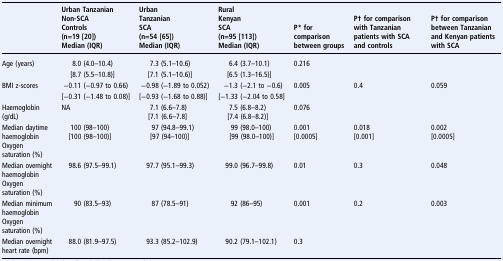
<table><thead><tr><td>[EMPTY_CELL]</td><td><b>Urban TanzanianNon-SCAControls(n=19 [20])Median (IQR)</b></td><td><b>UrbanTanzanianSCA(n=54 [65])Median (IQR)</b></td><td><b>RuralKenyanSCA(n=95 [113])Median (IQR)</b></td><td><b>P* for comparison between groups</b></td><td><b>P† for comparison with Tanzanian patients with SCA and controls</b></td><td><b>P† for comparison between Tanzanian and Kenyan patients with SCA</b></td></tr></thead><tbody><tr><td>Age (years)</td><td>8.0 (4.0–10.4)</td><td>7.3 (5.1–10.6)</td><td>6.4 (3.7–10.1)</td><td>0.216</td><td>[EMPTY_CELL]</td><td>[EMPTY_CELL]</td></tr><tr><td>[EMPTY_CELL]</td><td>[8.7 (5.5–10.8)]</td><td>[7.1 (5.1–10.6)]</td><td>[6.5 (1.3–16.5)]</td><td>[EMPTY_CELL]</td><td>[EMPTY_CELL]</td><td>[EMPTY_CELL]</td></tr><tr><td>BMI z-scores</td><td>−0.11 (−0.97 to 0.66)</td><td>−0.98 (−1.89 to 0.052)</td><td>−1.3 (−2.1 to −0.6)</td><td>0.005</td><td>0.4</td><td>0.059</td></tr><tr><td>[EMPTY_CELL]</td><td>[−0.31 (−1.48 to 0.08)]</td><td>[−0.93 (−1.68 to 0.88)]</td><td>[−1.33 (−2.04 to 0.58]</td><td>[EMPTY_CELL]</td><td>[EMPTY_CELL]</td><td>[EMPTY_CELL]</td></tr><tr><td>Haemoglobin (g/dL)</td><td>NA</td><td>7.1 (6.6–7.8)[7.1 (6.6–7.8]</td><td>7.5 (6.8–8.2)[7.4 (6.8–8.2)]</td><td>0.076</td><td>[EMPTY_CELL]</td><td>[EMPTY_CELL]</td></tr><tr><td>Median daytime haemoglobinOxygen saturation (%)</td><td>100 (98–100)[100 (98–100)]</td><td>97 (94.8–99.1)[97 (94–100)]</td><td>99 (98.0–100)[99 (98.0–100)]</td><td>0.001[0.0005]</td><td>0.018[0.001]</td><td>0.002[0.0005]</td></tr><tr><td>Median overnight haemoglobinOxygen saturation (%)</td><td>98.6 (97.5–99.1)</td><td>97.7 (95.1–99.3)</td><td>99.0 (96.7–99.8)</td><td>0.01</td><td>0.3</td><td>0.048</td></tr><tr><td>Median minimum haemoglobinOxygen saturation (%)</td><td>90 (83.5–93)</td><td>87 (78.5–91)</td><td>92 (86–95)</td><td>0.001</td><td>0.2</td><td>0.003</td></tr><tr><td>Median overnight heart rate (bpm)</td><td>88.0 (81.9–97.5)</td><td>93.3 (85.2–102.9)</td><td>90.2 (79.1–102.1)</td><td>0.3</td><td>[EMPTY_CELL]</td><td>[EMPTY_CELL]</td></tr></tbody></table>